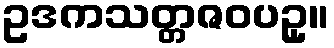
ဥဒကသတ္တဇဝပဥှ။